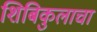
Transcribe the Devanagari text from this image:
शिबिकुलाचा